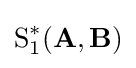
{\text{S}}_{1}^{*}(\mathbf {A} ,\mathbf {B} )